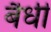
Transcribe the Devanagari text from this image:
बैधी